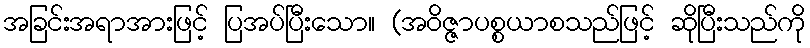
အခြင်းအရာအားဖြင့် ပြအပ်ပြီးသော။ (အဝိဇ္ဇာပစ္စယာစသည်ဖြင့် ဆိုပြီးသည်ကို